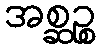
အစ္ဆဉ္စ